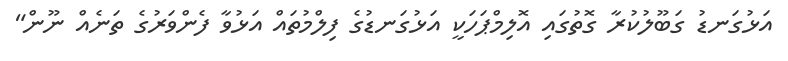
އަޅުގަނޑު ގަބޫލުކުރާ ގޮތުގައި އޮލިމްޕަހަކީ އަޅުގަނޑުގެ ފިލްމުތައް އަޅުވާ ފެންވަރުގެ ތަނެއް ނޫން"